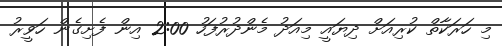
މި ހަރަކާތް ކުރިއަށް ދިޔައީ މިއަދު މެންދުރުފަހު 2:00 އިން ފެށިގެން ހަވީރު